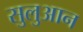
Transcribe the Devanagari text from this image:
सुलुआन